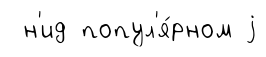
н'ид попул'я́рном j